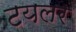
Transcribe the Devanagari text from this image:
टयलर